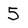
Character: 5